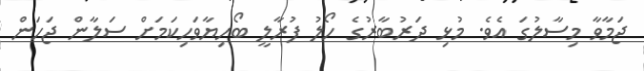
ޖަމާވާ މިސާލުގަ އެވެ. މުޅި ދަރުބާރުގެ ހޯލު ފުރާލީ ބޯހިޔާވަހިކަމަށް ސަލާން ޖަހަން